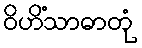
ဝိဟိံသာဓာတုံ